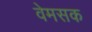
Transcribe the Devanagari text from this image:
वेमसक